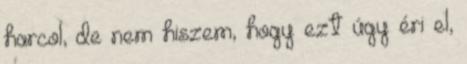
harcol, de nem hiszem, hogy ezt úgy éri el,